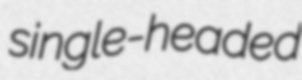
single-headed